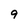
Character: 9